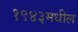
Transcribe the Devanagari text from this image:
१९४३मधील